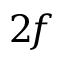
2 \! f